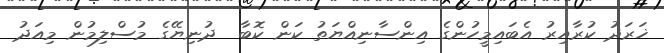
ޚަރަދު ކުރާއިރު އެބައިމީހުންގެ އިންސާނިއްޔަތު ކަން ކޮބާ  ދުނިޔޭގެ މުސްލިމުން މިއަދު